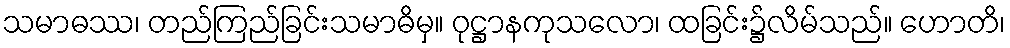
သမာဓဿ၊ တည်ကြည်ခြင်းသမာဓိမှ။ ဝုဋ္ဌာနကုသလော၊ ထခြင်း၌လိမ်သည်။ ဟောတိ၊